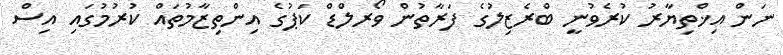
ނަން އިޚްތިޔާރު ކުރެވުނީ ބްރެޒިލުގެ ފަރާތުން ވޯރލްޑް ކަޕުގެ އިންތިޒާމުތައް ކުރުމުގައި އިސް